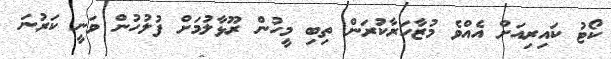
ކޯޓު ކައިރިއަށް އެއްވެ މުޒާހަރާކުރަން ތިބި މީހުން ރޫޅާލުމަށް ފުލުހުން ވަނީ ކަރުނަ